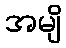
အမျိ